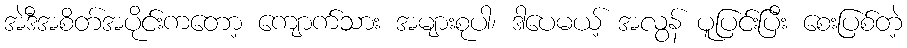
အဲဒီအစိတ်အပိုင်းကတော့ ကျောက်သား အများစုပါ၊ ဒါပေမယ့် အလွန် ပူပြင်းပြီး စေးပြစ်တဲ့